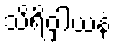
သိရိဝှါယနံ